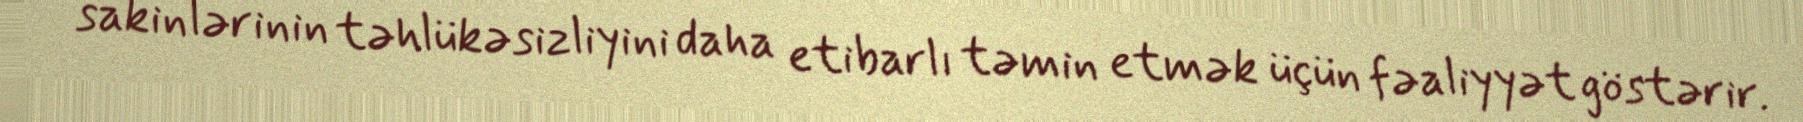
sakinlərinin təhlükəsizliyini daha etibarlı təmin etmək üçün fəaliyyət göstərir.